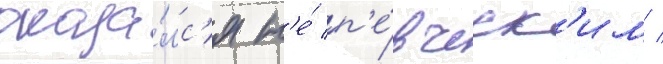
оказа́лс'я н'е́ п'е́вческ'им /